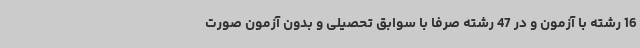
16 رشته با آزمون و در 47 رشته صرفاً با سوابق تحصیلی و بدون آزمون صورت